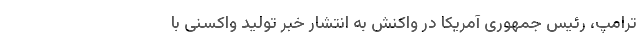
ترامپ، رئیس جمهوری آمریکا در واکنش به انتشار خبر تولید واکسنی با